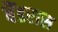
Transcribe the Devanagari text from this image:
बैंडरास